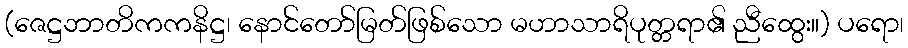
(ဇေဋ္ဌဘာတိကကနိဋ္ဌ၊ နောင်တော်မြတ်ဖြစ်သော မဟာသာရိပုတ္တရာ၏ ညီထွေး။) ပရော၊